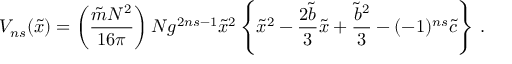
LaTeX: V _ { n s } ( { \tilde { x } } ) = \left( \frac { { \tilde { m } } N ^ { 2 } } { 1 6 \pi } \right) N g ^ { 2 n s - 1 } { \tilde { x } } ^ { 2 } \left\{ { \tilde { x } } ^ { 2 } - \frac { 2 { \tilde { b } } } { 3 } { \tilde { x } } + \frac { { \tilde { b } } ^ { 2 } } { 3 } - ( - 1 ) ^ { n s } { \tilde { c } } \right\} \, .